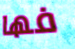
فها